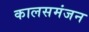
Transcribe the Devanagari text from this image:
कालसमंजन